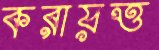
করায়ত্ত